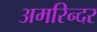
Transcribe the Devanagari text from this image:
अमरिन्दर